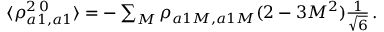
\begin{array} { r } { \langle \rho _ { a 1 , a 1 } ^ { 2 \, 0 } \rangle = - \sum _ { M } \rho _ { a 1 M , a 1 M } ( 2 - 3 M ^ { 2 } ) \frac { 1 } { \sqrt { 6 } } \, . } \end{array}